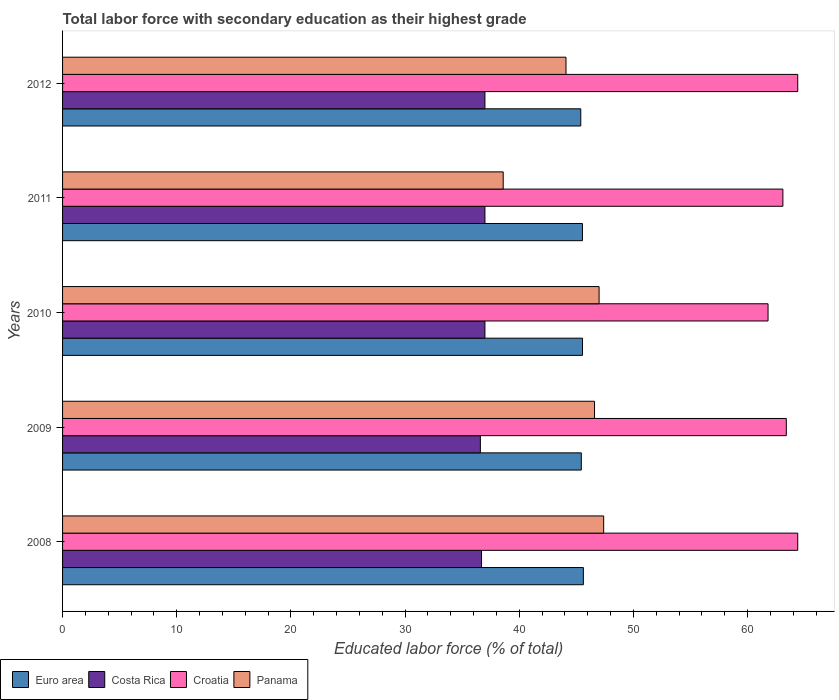
| Years | Euro area | Costa Rica | Croatia | Panama |
 | --- | --- | --- | --- | --- |
 | 2008 | 45.6 | 36.7 | 64.4 | 47.4 |
 | 2009 | 45.4 | 36.6 | 63.4 | 46.6 |
 | 2010 | 45.5 | 37 | 61.8 | 47 |
 | 2011 | 45.5 | 37 | 63.1 | 38.6 |
 | 2012 | 45.4 | 37 | 64.4 | 44.1 |